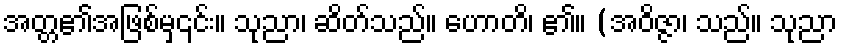
အတ္တ၏အဖြစ်မှ၎င်း။ သုညာ၊ ဆိတ်သည်။ ဟောတိ၊ ၏။ (အဝိဇ္ဇာ၊ သည်။ သုညာ